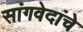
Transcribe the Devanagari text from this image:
सांगवेदांचे